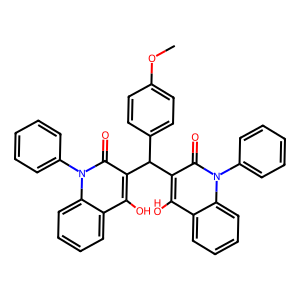
SMILES: COc1ccc(C(c2c(O)c3ccccc3n(-c3ccccc3)c2=O)c2c(O)c3ccccc3n(-c3ccccc3)c2=O)cc1
Inhibits HIV replication: No